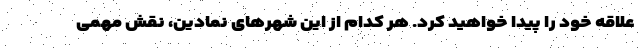
علاقه خود را پیدا خواهید کرد. هر کدام از این شهرهای نمادین، نقش مهمی